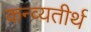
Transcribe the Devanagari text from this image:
कन्व्यतीर्थ